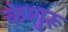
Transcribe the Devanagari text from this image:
केशुरू